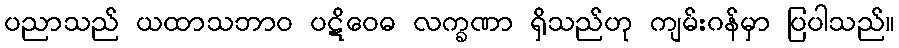
ပညာသည် ယထာသဘာဝ ပဋိဝေဓ လက္ခဏာ ရှိသည်ဟု ကျမ်းဂန်မှာ ပြပါသည်။